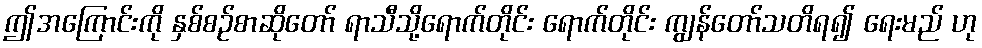
ဤအကြောင်းကို နှစ်စဉ်စာဆိုတော် ရာသီသို့ရောက်တိုင်း ရောက်တိုင်း ကျွန်တော်သတိရ၍ ရေးမည် ဟု